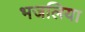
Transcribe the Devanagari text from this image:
भजलिया